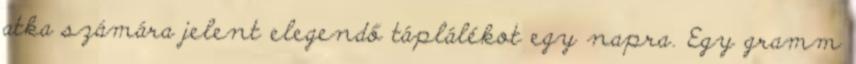
atka számára jelent elegendő táplálékot egy napra. Egy gramm